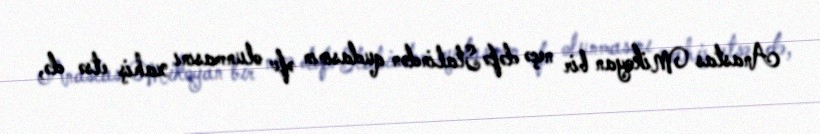
Anastas Mikoyan bir neçə dəfə Stalindən qudasının əfv olunmasını xahiş etsə də,